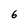
Character: 6